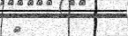
٣